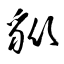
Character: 豼